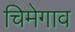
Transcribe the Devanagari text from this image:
चिमेगाव